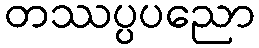
တဿပ္ပပညော